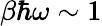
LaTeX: \beta\hbar\omega\sim 1